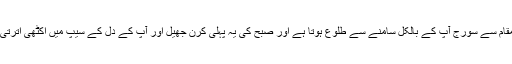
اس مقام سے سورج آپ کے بالکل سامنے سے طلوع ہوتا ہے اور صبح کی یہ پہلی کرن جھیل اور آپ کے دل کے سیپ میں اکٹھی اترتی ہے۔